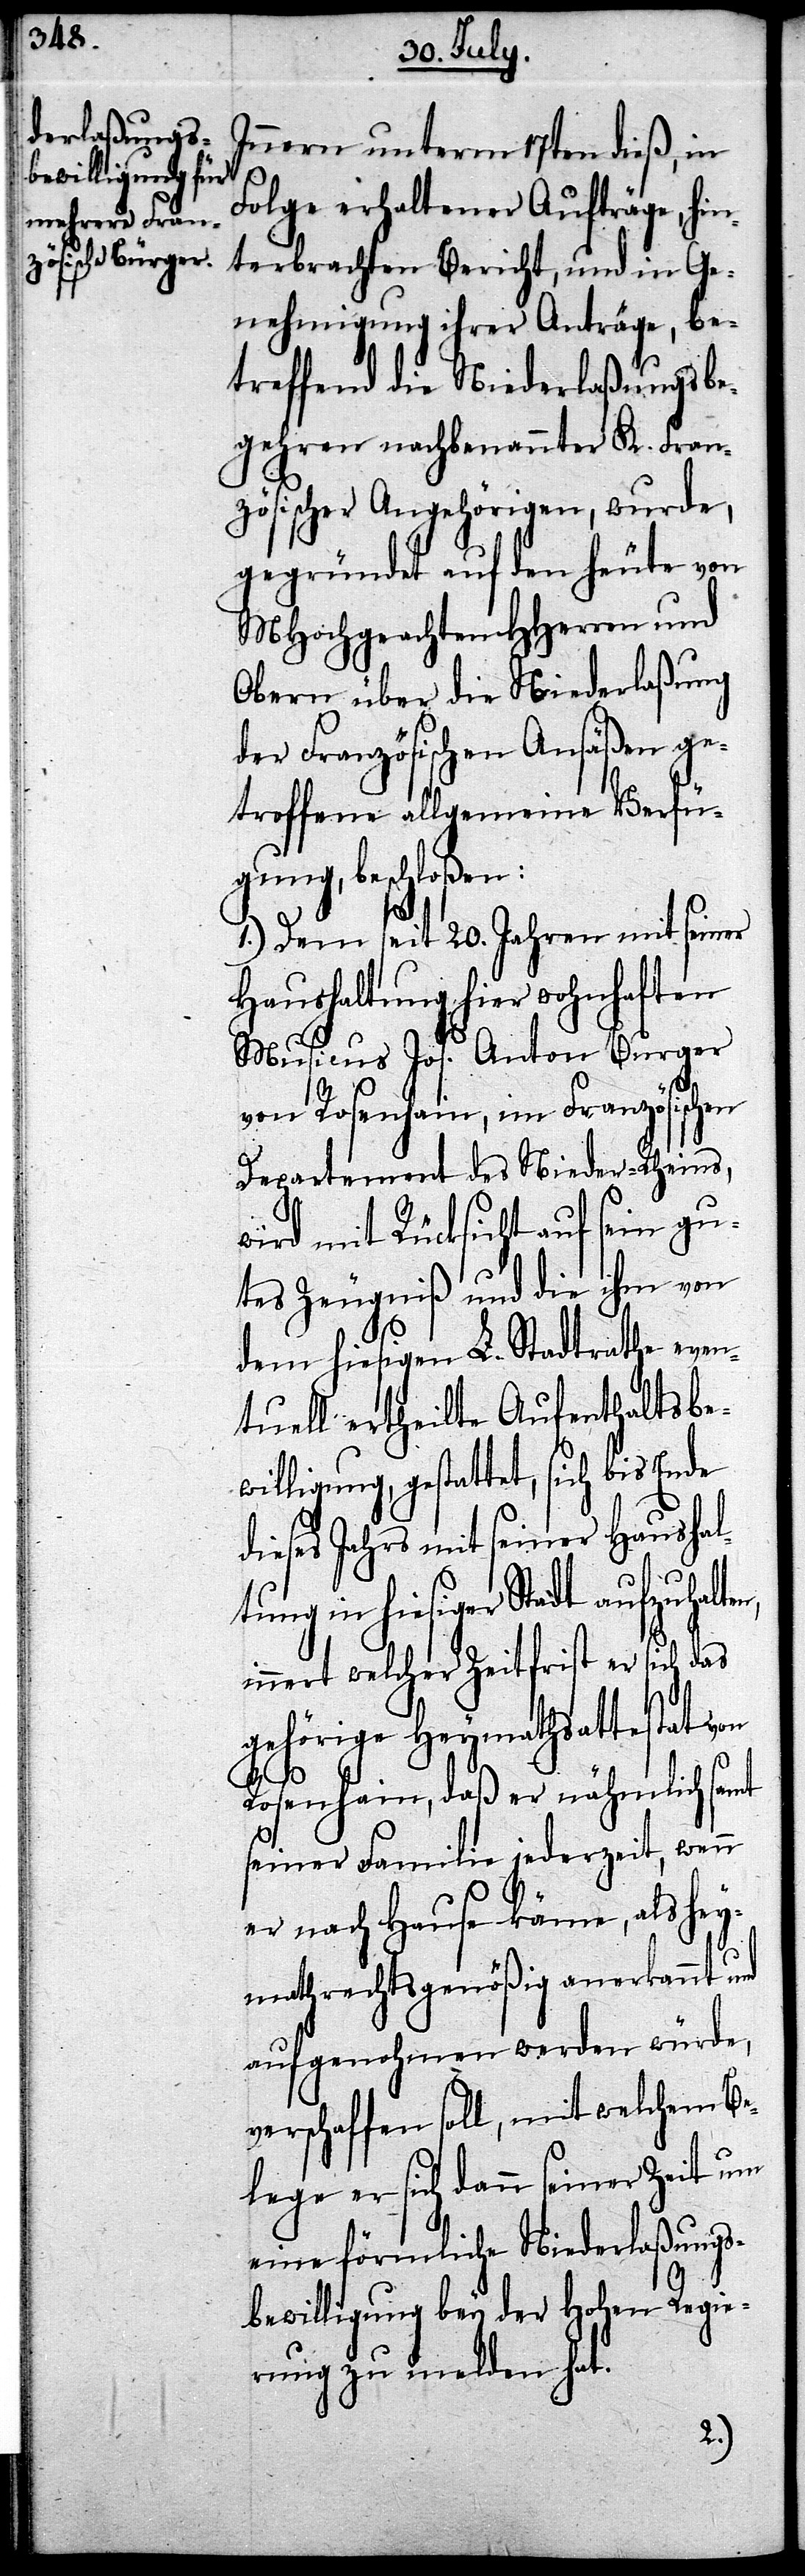
Innern unterm 17ten dieß, in
Folge erhaltener Aufträge, hin¬
terbrachten Bericht, und die Ge¬
nehmigung ihrer Anträge, be¬
treffend die Niederlaßungsbe¬
gehren nachbenannter K. Fran¬
zösischer Angehörigen, wurde,
gegründet auf den heute von
MHochgeachten HHerren und
Obern über die Niederlaßung
der Französischen Ansäße ge¬
troffene allgemeine Verfü¬
gung, beschloßen:
1.) Dem seit 20. Jahren mit seiner
Haushaltung hier wohnhaften
Musicus Jos. Anton Burger
von Rosenhain, im Französischen
Departement des Nieder-Rheins,
wird mit Rücksicht auf sein gu¬
tes Zeugniß und die ihm von
dem hiesigen L. Stadtrathe even¬
tuell ertheilte Aufenthaltsbe¬
willigung, gestattet, sich bis Ende
dieses Jahrs mit seiner Haushal¬
tung in hiesiger Stadt aufzuhalte¬
innert welcher Zeitfrist er sich das
gehörige Heymathsattestat von
Rosenhain, daß er nähmlich samt
seiner Familie jederzeit, wenn
er nach Hause käme, als Hey¬
mathsrechtsgenößig anerkannt und
aufgenohmen werden würde,
verschaffen soll, mit welchem Be¬
lege er sich dann seiner Zeit um
eine förmliche Niederlaßungs¬
n,
bewilligung bey der Hohen Regie¬
rung zu melden hat.